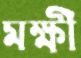
মক্ষী